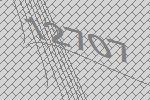
12707